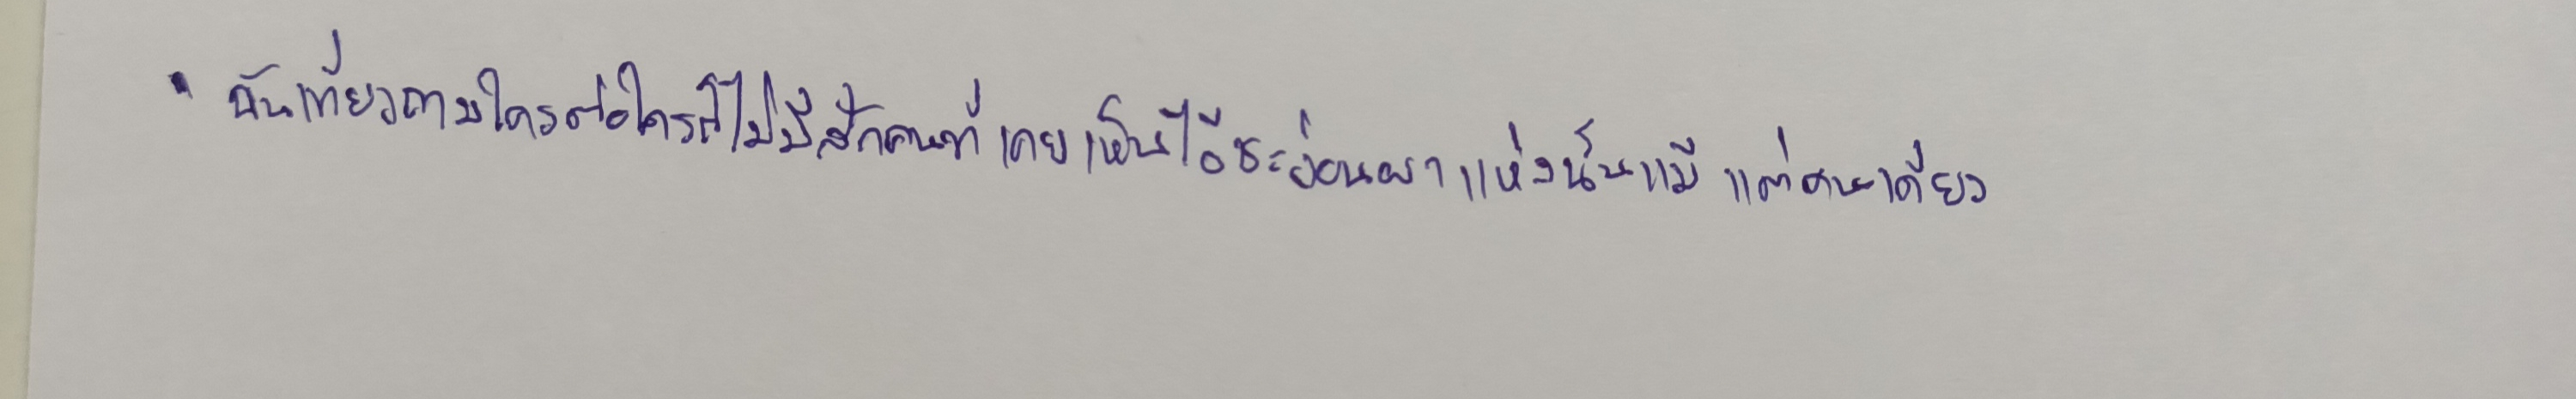
"ฉันเที่ยวถามใครต่อใครก็ไม่มีสักคนที่เคยเห็นไอ้ชะง่อนผาแห่งนั้นแม้แต่คนเดียว